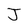
Character: J